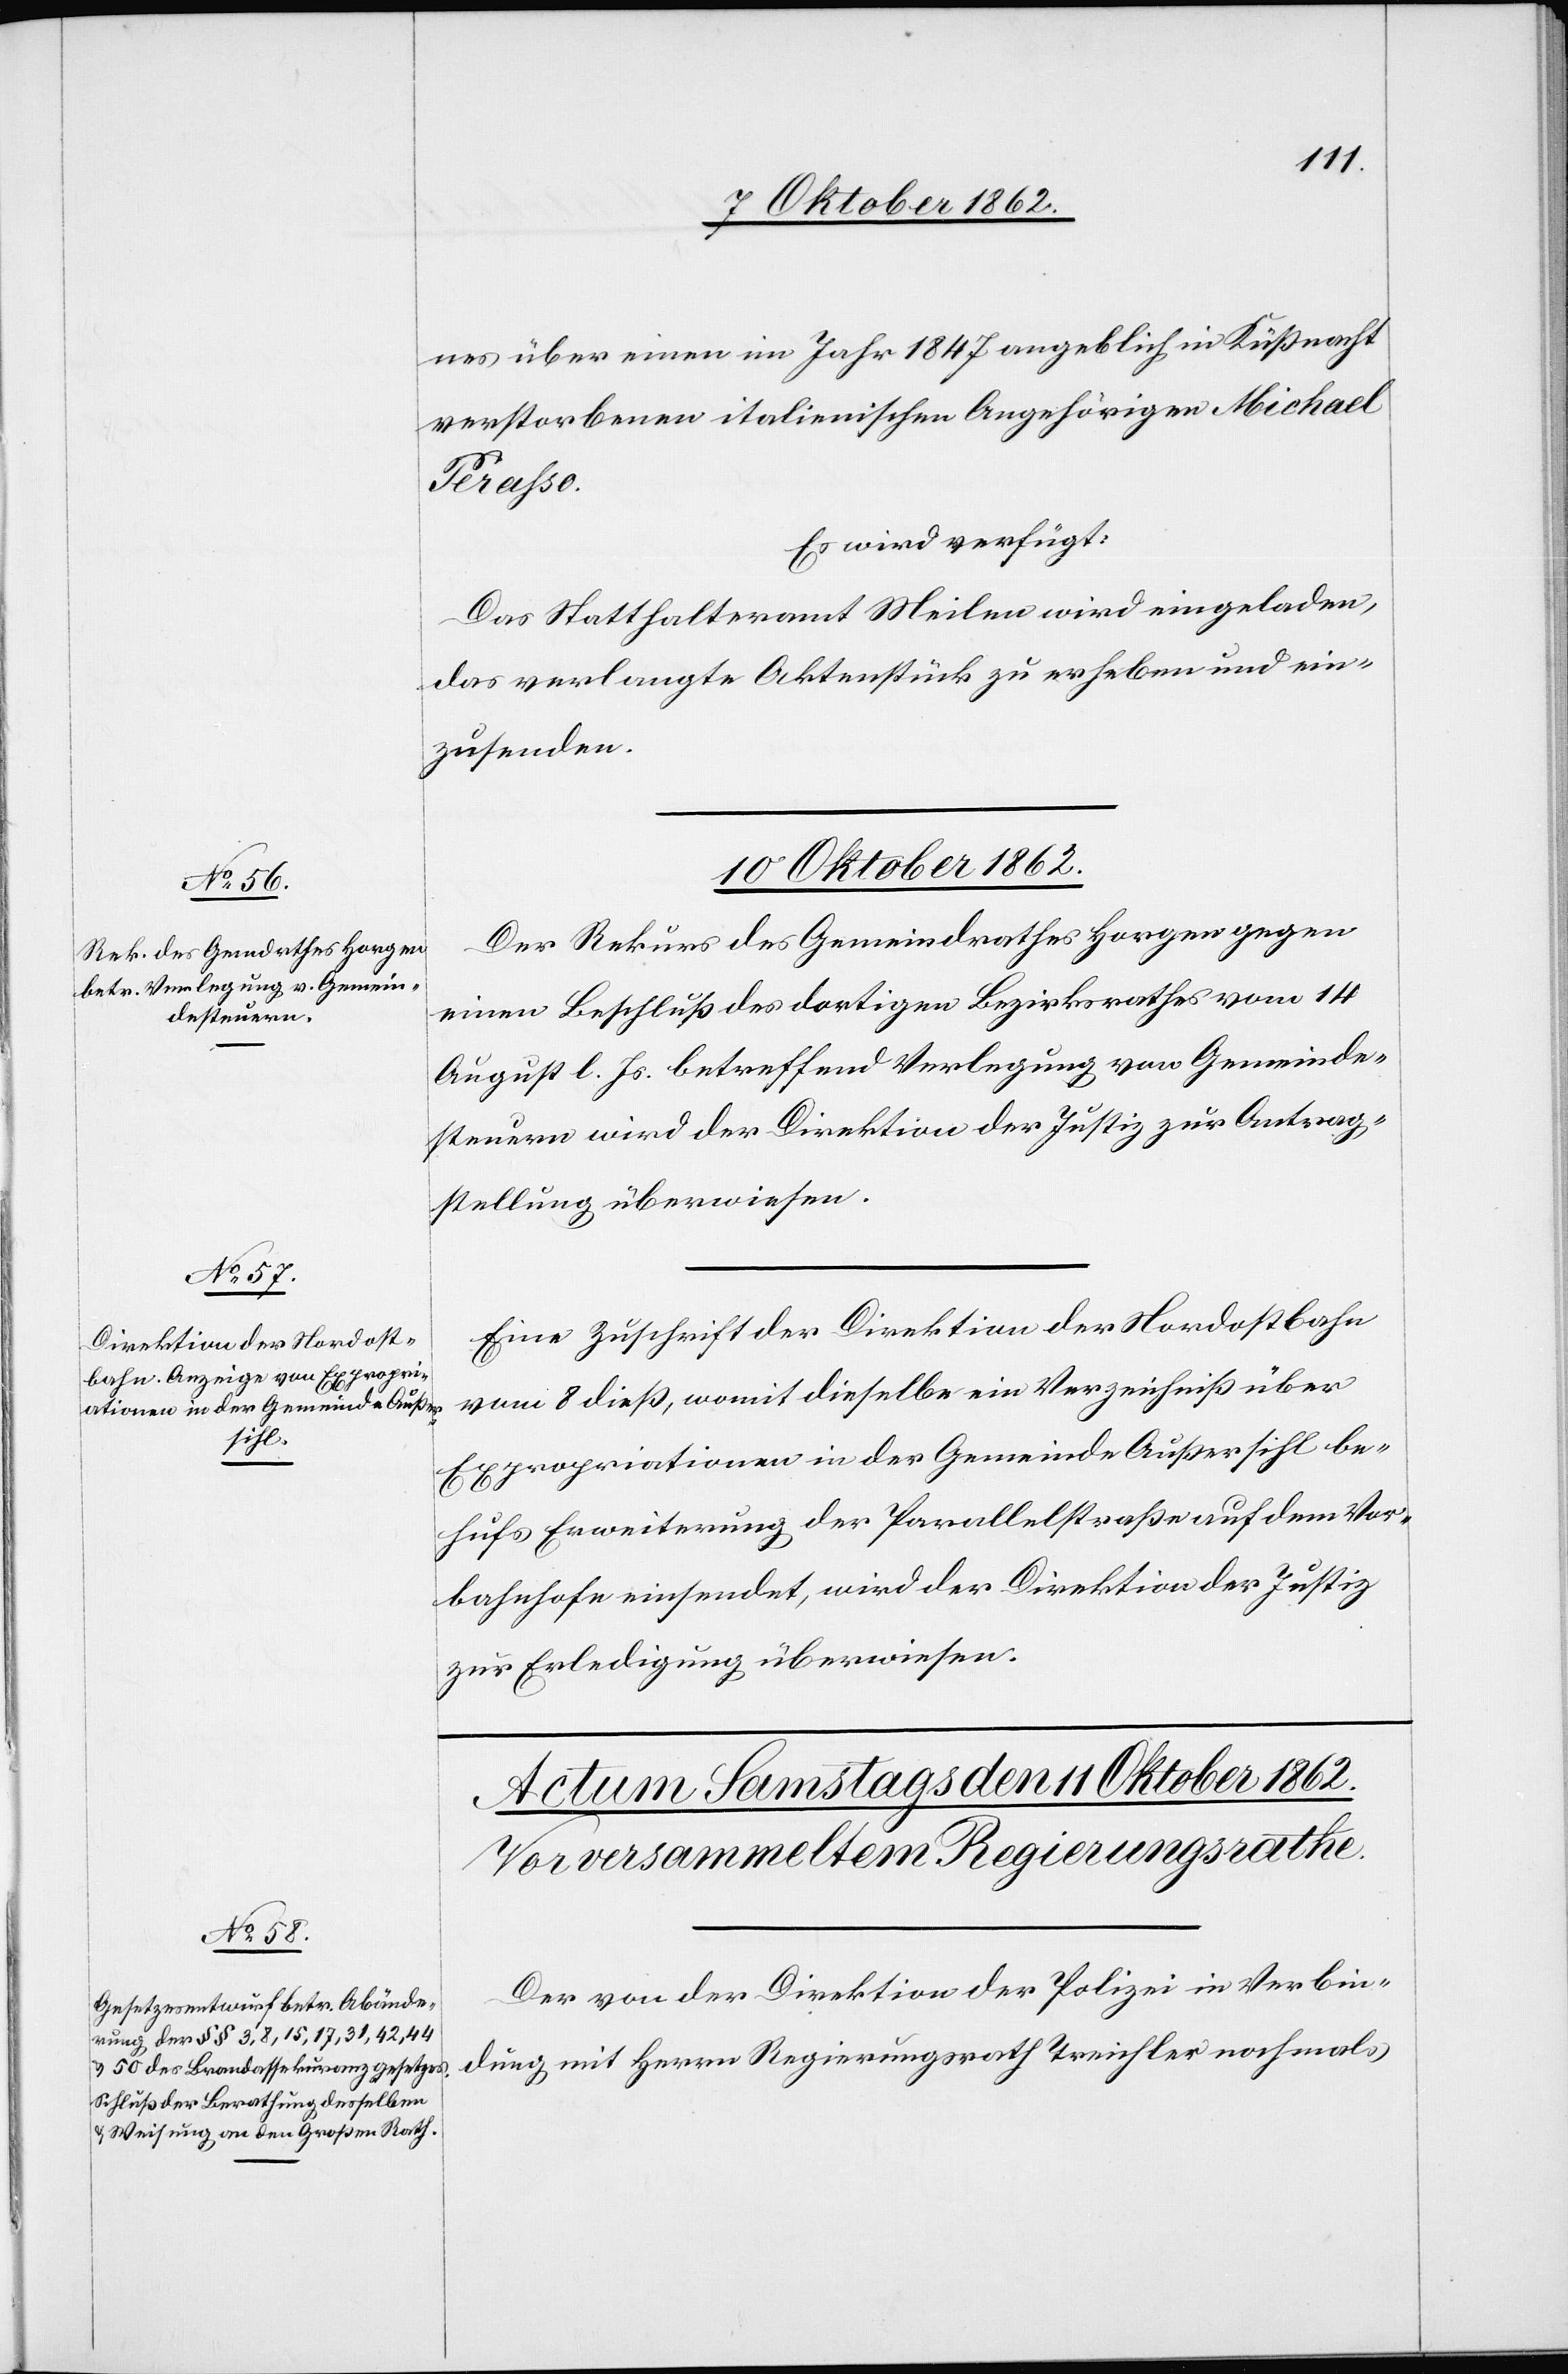
10. Oktober 1862.]
nes über einen im Jahr 1847 angeblich in Küßnacht
verstorbenen italienischen Angehörigen Michael
Perasso.
Es wird verfügt:
Das Statthalteramt Meilen wird eingeladen,
das verlangte Aktenstück zu erheben und ein¬
zusenden.
10. Oktober 1862.
Der Rekurs des Gemeindrathes Horgen gegen
einen Beschluß des dortigen Bezirksrathes vom 14.
August l. Js. betreffend Verlegung von Gemeinde¬
steuern wird der Direktion der Justiz zur Antrag¬
stellung überwiesen.
Eine Zuschrift der Direktion der Nordostbahn
vom 8. dieß, womit dieselbe ein Verzeichniß über
Expropriationen in der Gemeinde Außersihl be¬
hufs Erweiterung der Parallelstraße auf dem Vor¬
bahnhofe einsendet, wird der Direktion der Justiz
zur Erledigung überwiesen.
Der von der Direktion der Polizei in Verbin¬
dung mit Herrn Regierungsrath Treichler nochmals